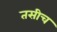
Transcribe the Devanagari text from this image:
तसीच